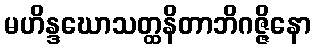
မဟိန္ဒဃောသတ္ထနိတာဘိဂဇ္ဇိနော